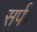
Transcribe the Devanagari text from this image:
सर्प।